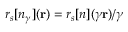
r _ { s } [ n _ { \gamma } ] ( { \bf r } ) = r _ { s } [ n ] ( \gamma { \bf r } ) / \gamma